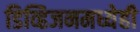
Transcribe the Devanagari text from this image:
डिव्हिजनमध्येही